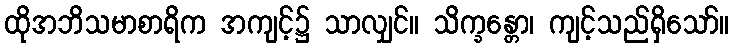
ထိုအဘိသမာစာရိက အကျင့်၌ သာလျှင်။ သိက္ခန္တော၊ ကျင့်သည်ရှိသော်။